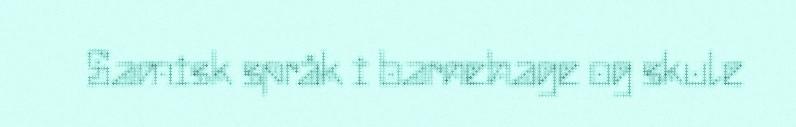
Samisk språk i barnehage og skule